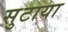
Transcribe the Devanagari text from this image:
सुटाया